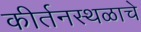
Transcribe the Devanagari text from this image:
कीर्तनस्थळाचे